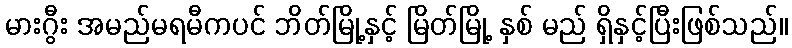
မားဂွီး အမည်မရမီကပင် ဘိတ်မြို့နှင့် မြိတ်မြို့ နှစ် မည် ရှိနှင့်ပြီးဖြစ်သည်။